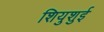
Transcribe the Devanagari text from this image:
शियुशुई